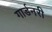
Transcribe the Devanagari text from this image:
गार्डनरी